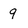
Character: 9